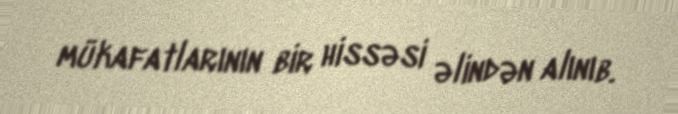
mükafatlarının bir hissəsi əlindən alınıb.